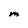
Character: M